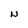
Character: N